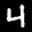
Label: 4